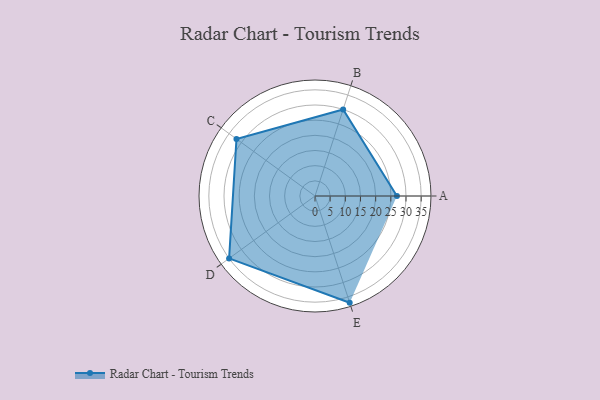
{"axis": {"x": "Skill", "y": "Score"}, "legend": ["Profile"], "data": [{"x": "A", "y": 27.0, "type": "Profile"}, {"x": "B", "y": 30.0, "type": "Profile"}, {"x": "C", "y": 32.0, "type": "Profile"}, {"x": "D", "y": 35.0, "type": "Profile"}, {"x": "E", "y": 37.0, "type": "Profile"}]}